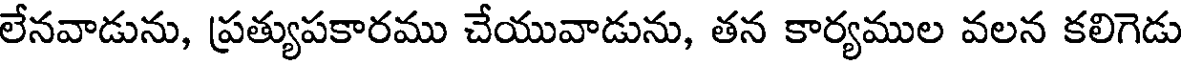
లేనవాడును, ప్రత్యుపకారము చేయువాడును, తన కార్యముల వలన కలిగెడు